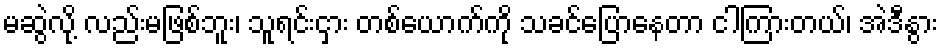
မဆွဲလို့ လည်းမဖြစ်ဘူး၊ သူရင်းငှား တစ်ယောက်ကို သခင်ပြောနေတာ ငါကြားတယ်၊ အဲဒီနွား